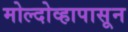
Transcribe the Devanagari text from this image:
मोल्दोव्हापासून